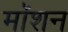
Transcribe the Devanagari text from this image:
माॅशन